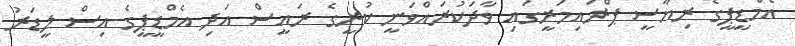
އެމްޑީޕީގެ ރިޔާސީ ޕްރައިމަރީގައި ވާދަކުރައްވަނީ ކުރީގެ ރައީސް އަދި އެމްޑީޕީގެ އިސް ލީޑަރު